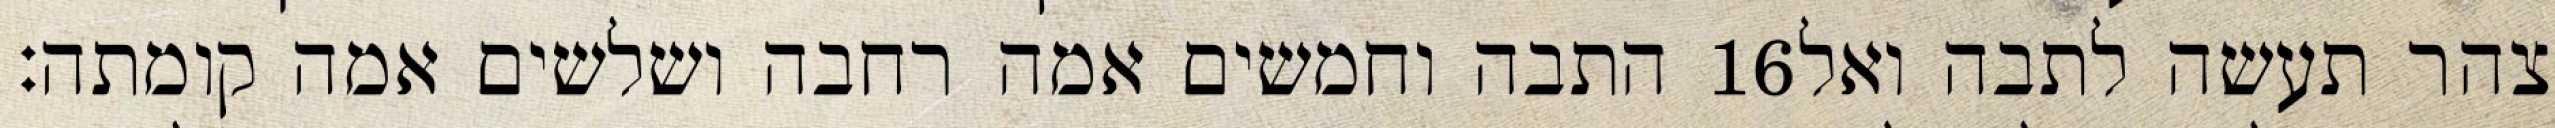
התבה וחמשים אמה רחבה ושלשים אמה קומתה׃ ‎16‏ צהר תעשה לתבה ואל